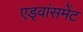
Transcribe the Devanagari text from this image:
एड्वांसमेंट